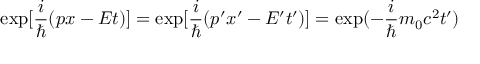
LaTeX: \exp [ \frac { i } { \hbar } ( p x - E t ) ] = \exp [ \frac { i } { \hbar } ( p ^ { \prime } x ^ { \prime } - E ^ { \prime } t ^ { \prime } ) ] = \exp ( - \frac { i } { \hbar } m _ { 0 } c ^ { 2 } t ^ { \prime } )